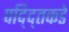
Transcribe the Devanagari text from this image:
पद्द्तिकडे